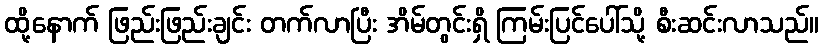
ထို့နောက် ဖြည်းဖြည်းချင်း တက်လာပြီး အိမ်တွင်းရှိ ကြမ်းပြင်ပေါ်သို့ စီးဆင်းလာသည်။